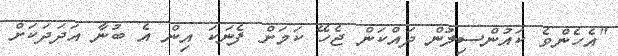
"އެހެންވެ ކައުންސިލުން ދައްކަން ޖެހޭ ކަމަށް ފެނަކަ އިން އެ ބުނާ އަދަދަކަށް